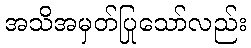
အသိအမှတ်ပြုသော်လည်း